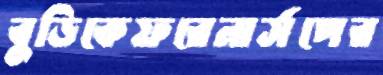
বুড়িকেফরেনার্সপের